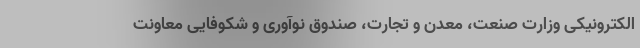
الکترونیکی وزارت صنعت، معدن و تجارت، صندوق نوآوری و شکوفایی معاونت